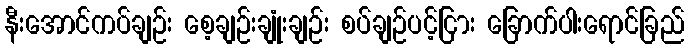
နီးအောင်ကပ်ချဉ်း စေ့ချဉ်းချုံးချဉ်း စပ်ချဉ်ပင့်ငြား ခြောက်ပါးရောင်ခြည်